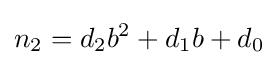
n_{2}=d_{2}b^{2}+d_{1}b+d_{0}